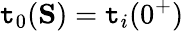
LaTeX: \mathtt{t}_{0}(\mathbf{{S}})=\mathtt{t}_{i}(0^{+})